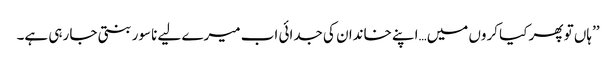
’’ہاں تو پھر کیا کروں میں…اپنے خاندان کی جدائی اب میرے لیے ناسور بنتی جا رہی ہے۔